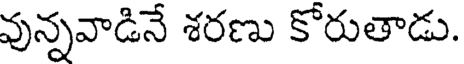
వున్నవాడినే శరణు కోరుతాడు.